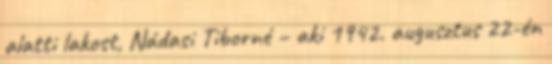
alatti lakost, Nádasi Tiborné – aki 1942. augusztus 22-én